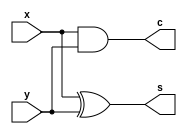
module HA(x,y,c,s);

output c,s;
input x,y;
assign s=x^y; //xor x1(s,x,y);
assign c=x&y; //and a1(c,x,y); 

endmodule